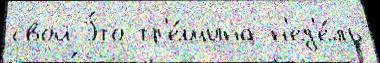
свой Э́то тр'е́щина н'ед'е́ль